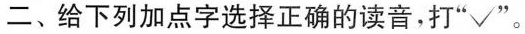
二、给下列加点字选择正确的读音，打“√”